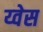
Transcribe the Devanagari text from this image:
य्वेस